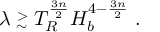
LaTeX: \lambda \stackrel { > } { _ \sim } T _ { R } ^ { \frac { 3 n } { 2 } } H _ { b } ^ { 4 - \frac { 3 n } { 2 } } \; .